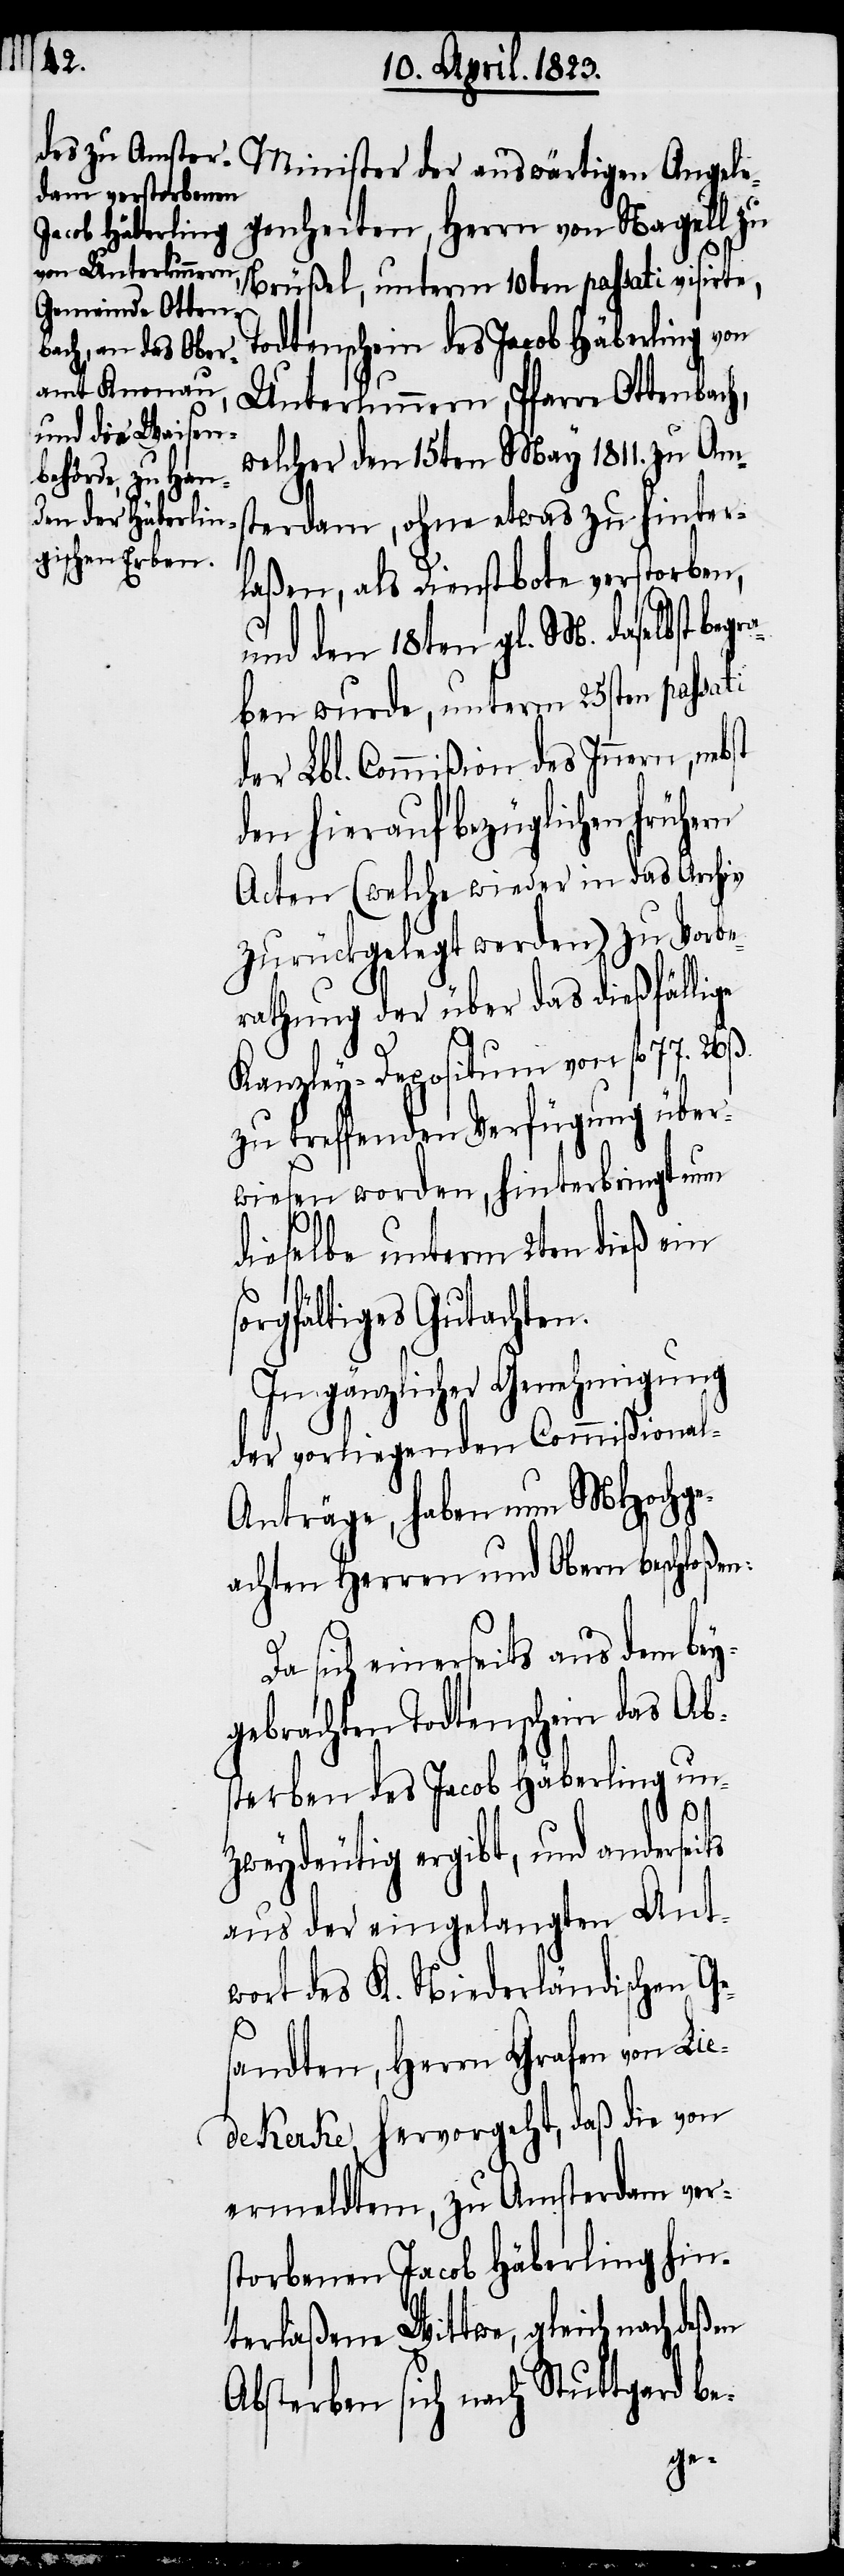
genheiten, Herrn von Nagell zu
Brüßel, unterm 10ten passati visirte,
Todtenschein des Jacob Häberling von
Unterlunnern, Pfarre Ottenbach,
welcher den 15ten May 1811. zu Ams¬
Angele¬
terdam, ohne etwas zu hinter¬
laßen, als Dienstbote verstorben,
und den 18ten gl. M. daselbst begr¬
aben wurde, unterm 25sten passati
der Lbl. Commißion des Innern, neb¬
den hierauf bezüglichen frühern
Acten (welche wieder in das Archiv
zurückgelegt werden) zu Vorbe¬
rathung der über das dießfällige
st
Kanzley-Depositum von fl. 77. 26.
zu treffenden Verfügung über¬
wiesen worden, hinterbringt nun
dieselbe unterm 2ten dieß ein
rgfältiges Gutachten.
In gänzlicher Genehmigung
der vorliegenden Commißional-A¬
nträge, haben nun MHochge¬
achten Herren und Obern beschloßen:
Da sich einerseits aus dem bey¬
gebrachten Todtenschein das Ab¬
sterben des Jacob Häberling un¬
so¬
zweydeutig ergibt, und anderseits
aus der eingelangten Ant¬
wort des K. Niederländischen Ge¬
sandten, Herrn Grafen von Lie¬
dekerke, hervorgeht, daß die von
ermeldtem, zu Amsterdam vers¬
torbenen Jacob Häberling hin¬
terlaßene Wittwe, gleich nach deßen
Absterben sich nach Stuttgard be-